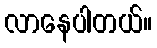
လာနေပါတယ်။